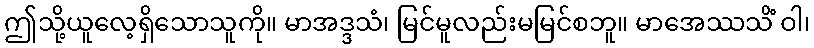
ဤသို့ယူလေ့ရှိသောသူကို။ မာအဒ္ဒသံ၊ မြင်မူလည်းမမြင်စဘူ။ မာအေဿသိံ ဝါ၊